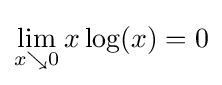
\lim _{x\searrow 0}x\log(x)=0